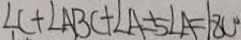
\angle C + \angle A B C + \angle A = 5 \angle A = 1 8 0 ^ { \circ }